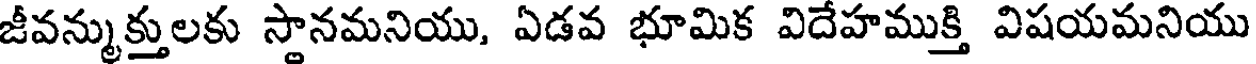
జీవన్ముక్తులకు స్థానమనియు, ఏడవ భూమిక విదేహముక్తి విషయమనియు